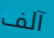
آلف